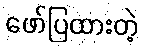
ဖော်ပြထားတဲ့